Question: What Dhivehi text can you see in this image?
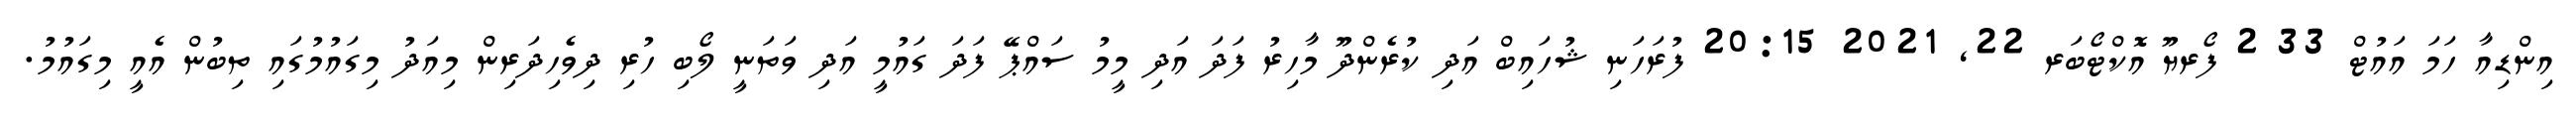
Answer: އިންޑިއާ ހަމަ އައުޓް 33 2 ފޯރޔޫ އޮކްޓޯބަރ 22, 2021 20:15 ފުރަހަނި ޝުހައިބް އަދި ކުރެންދޫ މާހިރު ފަދަ އަދި މީމު ސައްޕޭ ފަދަ ގައުމީ އަދި ވަތަނީ ލޯބި ހުރި ދިވެހިދަރިން މިއަދު މިގައުމުގައި ތިބުން އެއީ މިގައުމު.